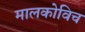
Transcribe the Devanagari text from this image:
मालकोविच